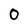
Character: O